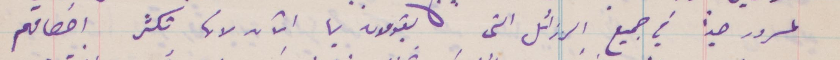
مسرور جدًا في جميع الرزائل التي يقومون بها الآن لانها تكثر اخصامهم